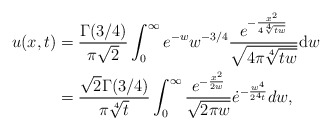
\begin{align*}u(x,t)&= \frac{\Gamma(3/4)}{\pi \sqrt{2}}\int_0^{\infty}e^{-w}w^{-3/4}\frac{e^{-\frac{x^2}{4\sqrt[4]{tw}}}}{\sqrt{4\pi\sqrt[4]{tw}}}\mathrm{d}w\\ &=\frac{\sqrt{2}\Gamma(3/4)}{\pi\sqrt[4]{t}}\int_{0}^{\infty}\frac{e^{-\frac{x^2}{2w}}}{\sqrt{2\pi w}}\dot e^{-\frac{w^4}{2^4t}}dw,\end{align*}